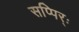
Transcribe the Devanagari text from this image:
सप्पिर्ः